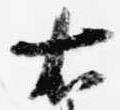
右